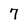
Character: 7